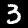
Digit: 3